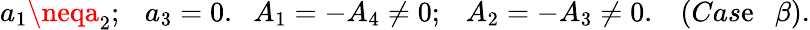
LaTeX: a_{1}\neqa_{2};~~~a_{3}=0.~~~A_{1}=-A_{4}\neq0;~~~A_{2}=-A_{3}\neq0.~~~~(Cas\mathrm{e}~~~\beta).